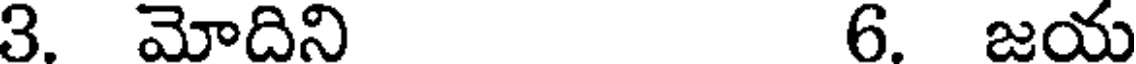
3. మోదిని 6. జయ